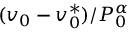
( v _ { 0 } - v _ { 0 } ^ { * } ) / P _ { 0 } ^ { \alpha }